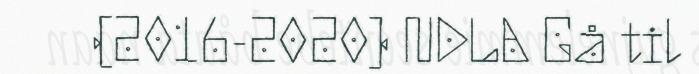
(2016-2020) NDLA Gå til